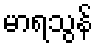
မာရသွန်